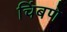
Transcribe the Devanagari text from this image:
चिंबणे